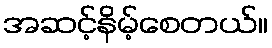
အဆင့်နိမ့်စေတယ်။